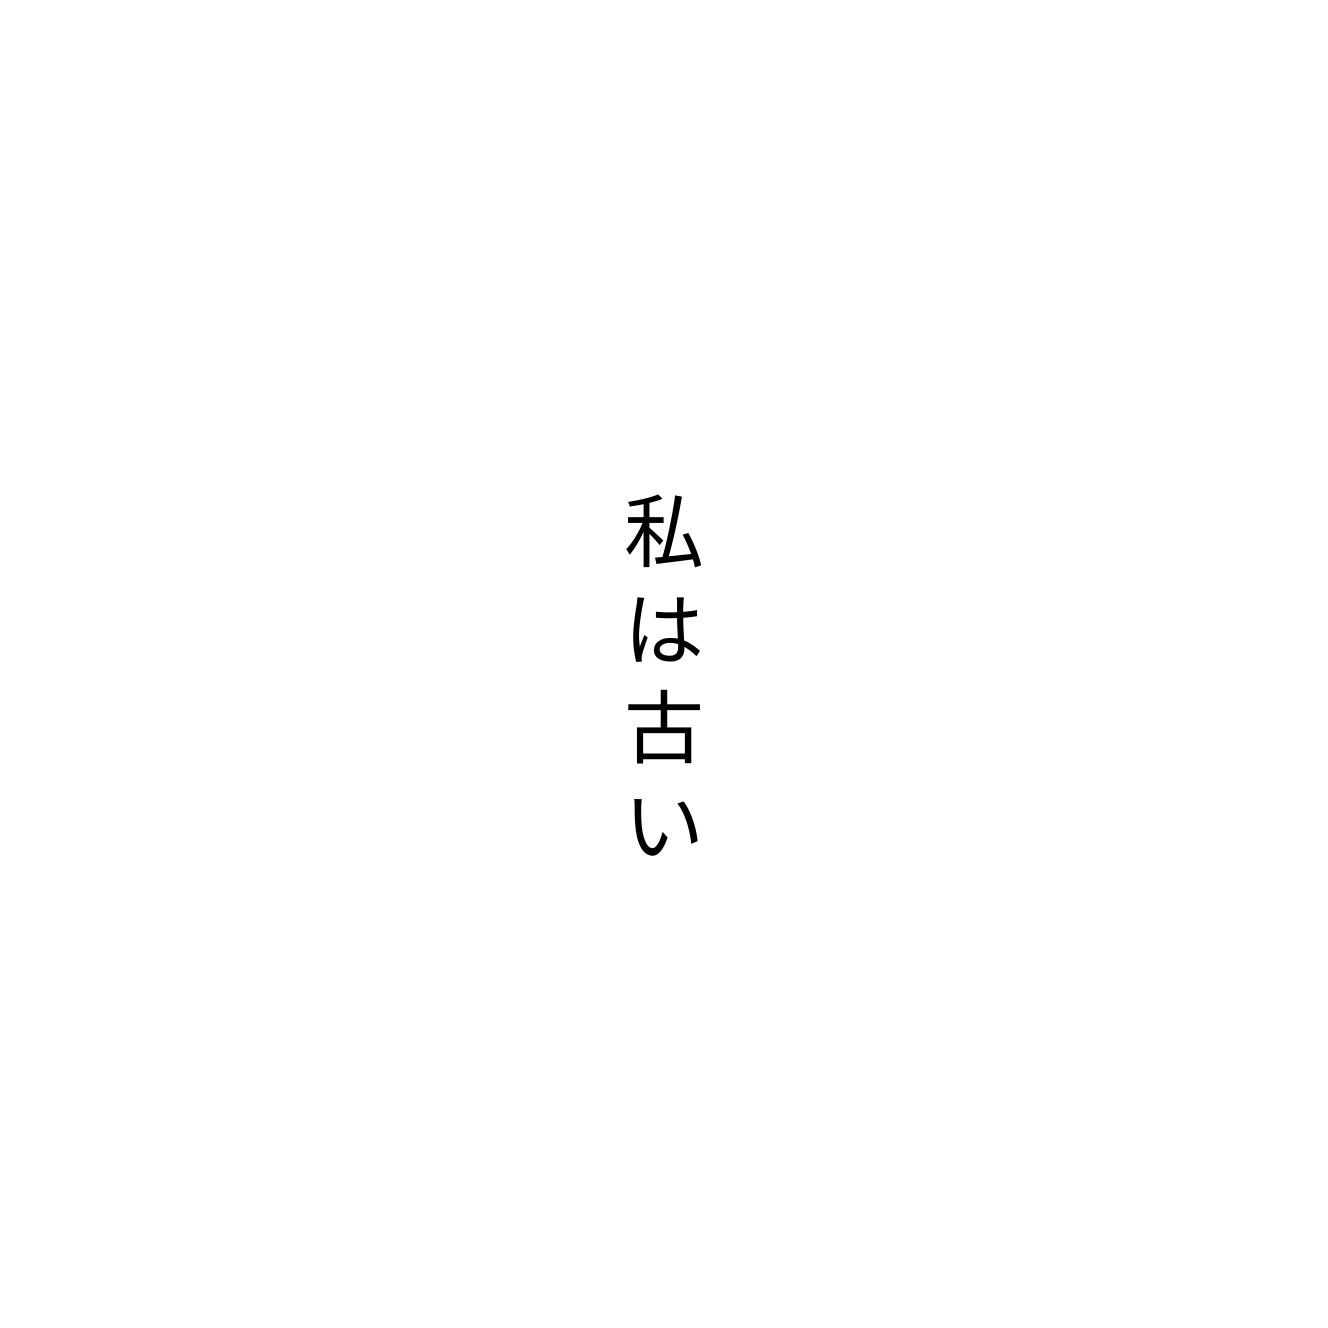
私は古い